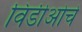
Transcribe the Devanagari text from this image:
विडीओचे